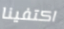
اكتفينا